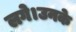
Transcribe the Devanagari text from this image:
लगे।उनके